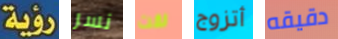
رؤية نسر لقت أتزوج دقيقه